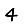
Digit: 4